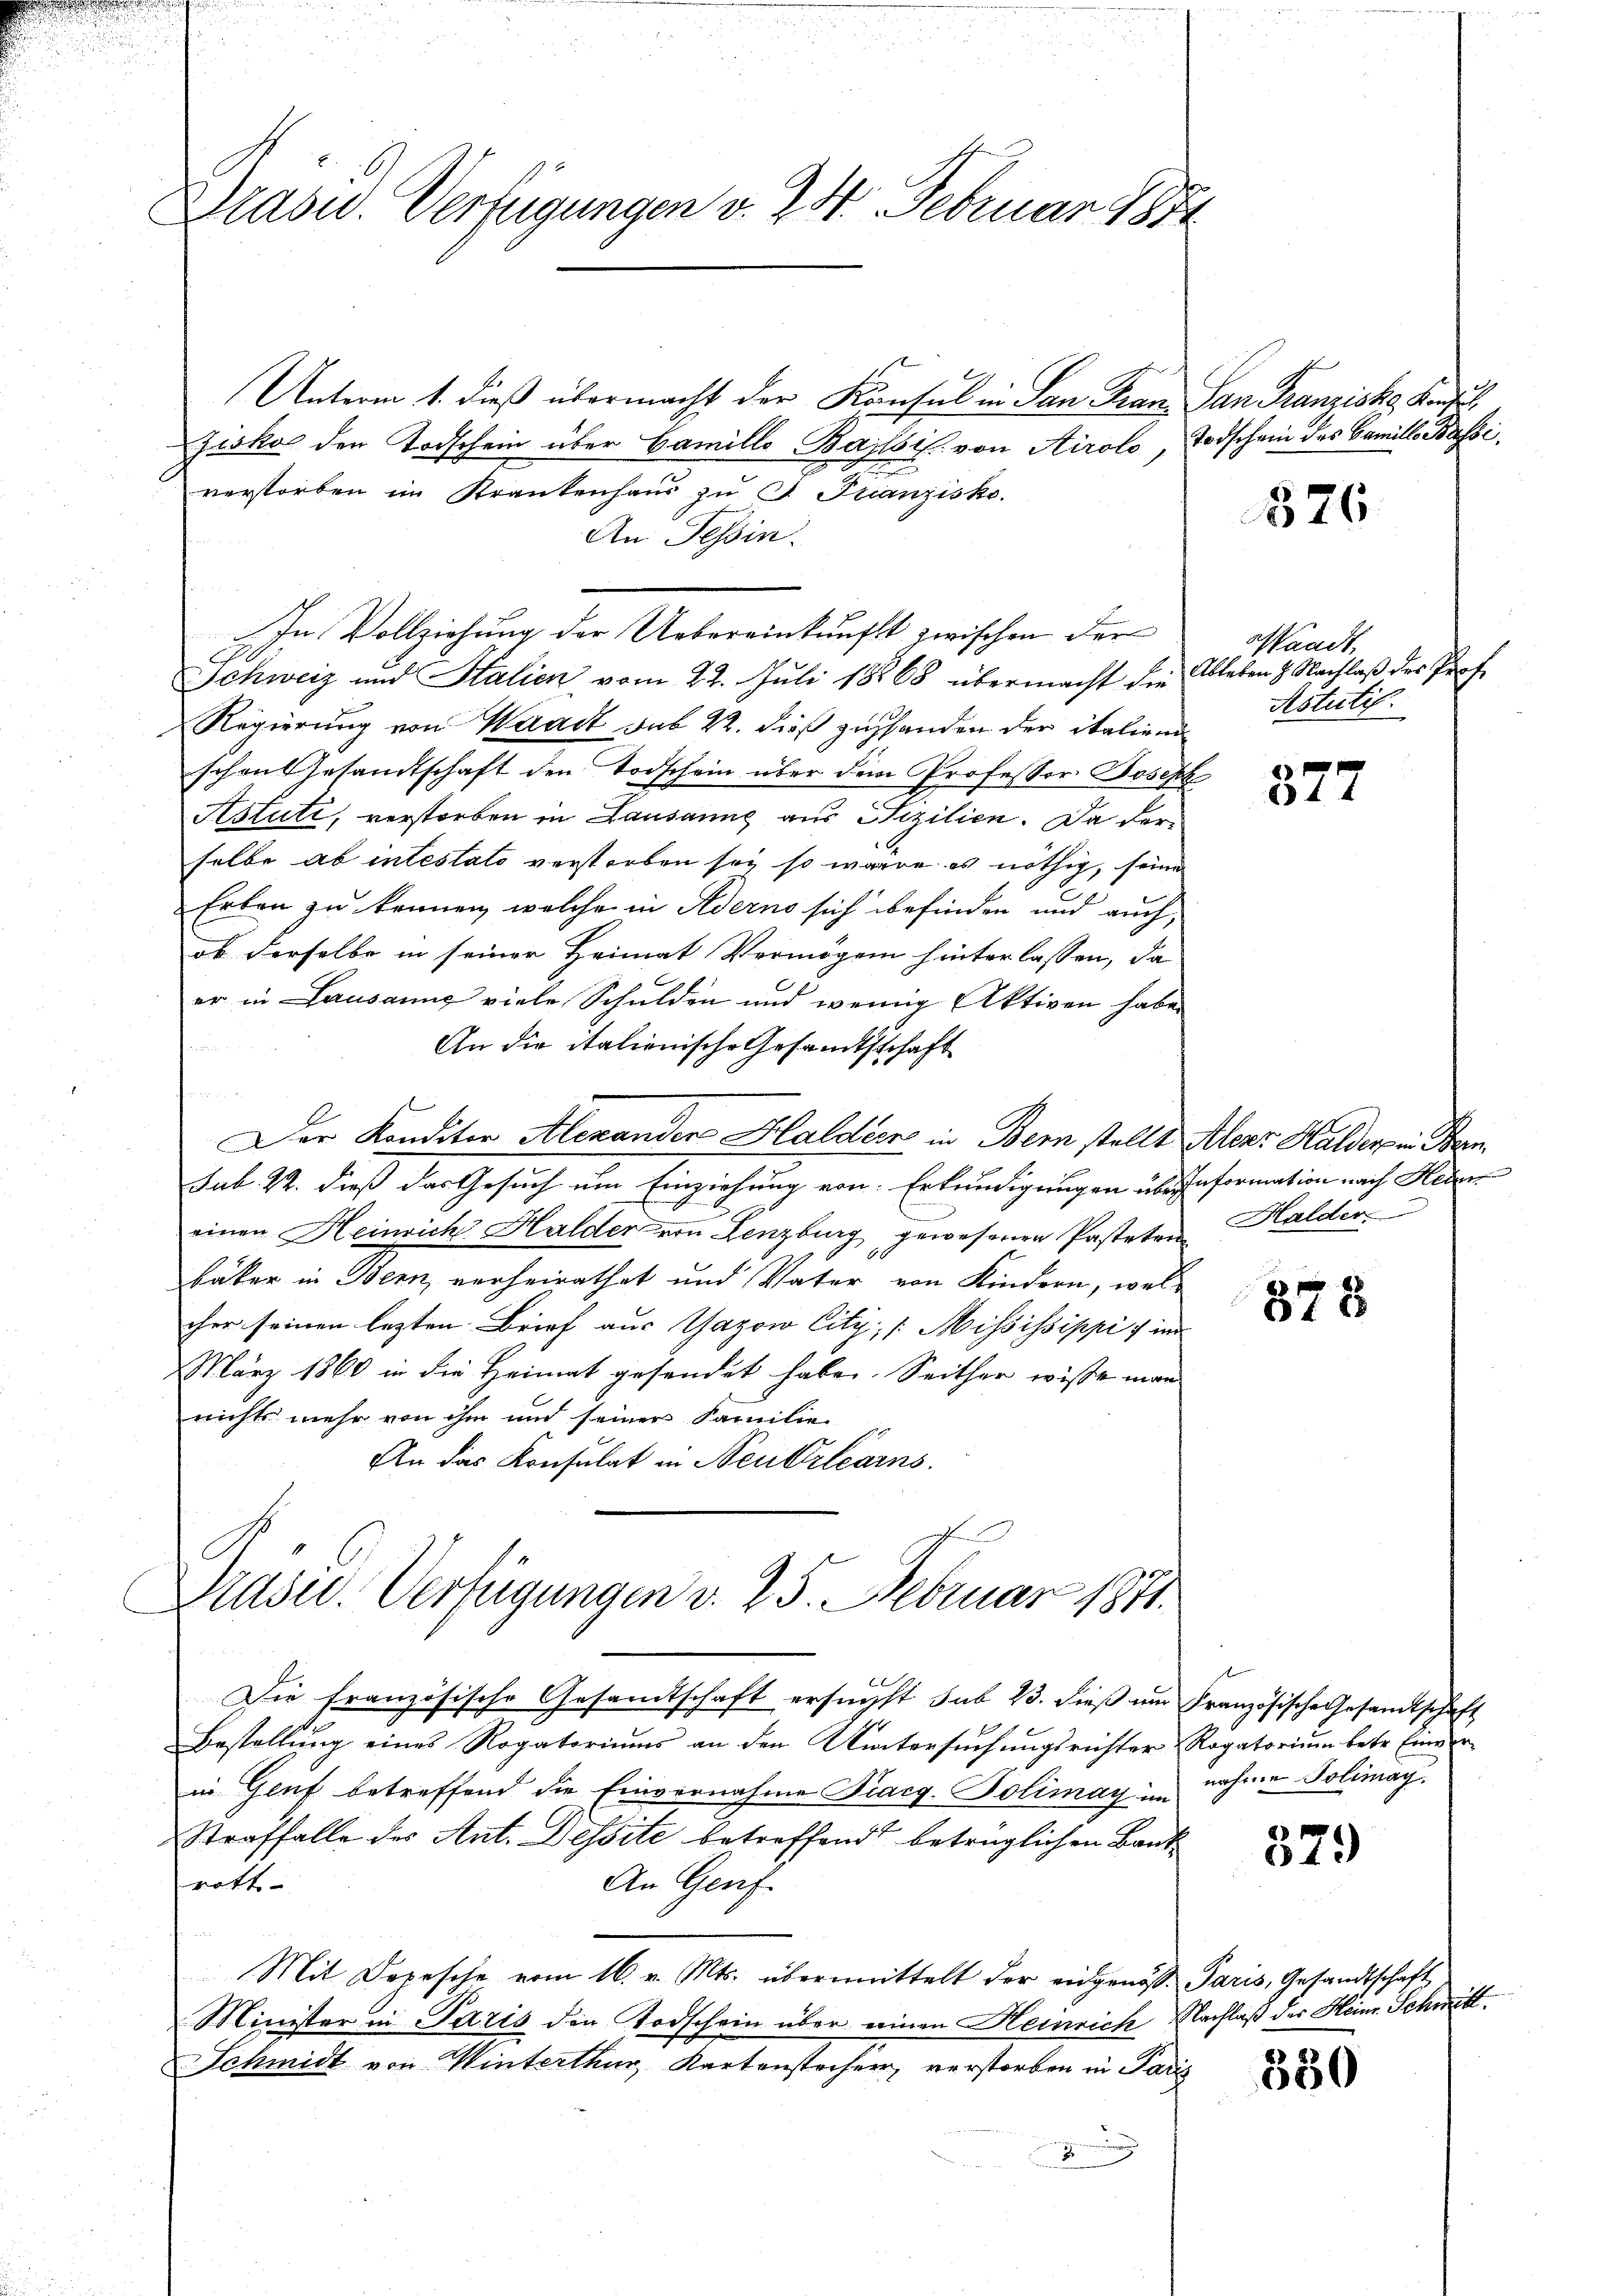
Präsid. Verfügungen v. 24. Februar 1882

Unterm 1. dieß übermacht der Konsul in San Frau San Franziska Konz
Zisko den Todschein über Camillo Bassif von Airolo, Todschein des Familles
verstorben im Krankenhaus zu G. Franzisko.
An Tessin.
In Vollziehung der Uebereinkunft zwischen der
Schweiz und Halien vom 22. Juli 18868 übermacht die Ableben 8. Nachlaβ des Prof.
Regierung von Waadt sub 22. dieß zuhanden der italiend
schon gesandtschaft den Todschein über dem Professor Joseph
Astuti, verstorben in Lausanne aus Sizilien. Da derselbe ab intestato verstorben sey, so wäre es nöthig, seine
Erben zu kennen, welche in Aderne sich befinden und auch,
ob derselbe in seiner Heimat Vermögen hinterlassen, da
er in Lausanne viele Schulden und wenig Aktiven haben
An die italienische Gesandtschaft
n

Der Konditor Alexanden Haldern in Bern stellt Alear Halden in Ben
Sub. 22. dieß das Gesuch um Einziehung von Erkundigungen überformation nach Heber
einen Heinrich Halder von Lenzburg gewesenen Pasteten Halder
bäker in Bern, verheirathet und Vater von Kindern, welcher seinen lezten Brief aus Gazow City, Mississippi u im
März 1860 in die Heimat gesendet habe. Seither wisse man
nichts mehr von ihm und seiner Familie
An das Konsulat in Neutrléarns

Präsid. Verfügungen d. 25. Februar 1871.

Die französische Gesandtschaft ersuchst sub 23. dieß um Französische Gesandtschaft
Bestellung eines Rogatoriums an den Wintersuchungsrichter & Rogatorium betr. Einverin Genf betreffend die Einvernahme Piacg. Polimay im nahme Solimag
Straffalle des Ant. Dessite betreffend betrüglichen Band
rott
An Gruf
Mit Depesche vom 16. v. Mts. übermittelt der eidgenöss. Paris, Gesandtschaft
Minister in Paris den Todschein über einen Heinrich Nachlaß des Heinr. Schn
Schmidt von Winterthur, Kartenstecher, verstorben in Paris

826

Waadt,
Astutif.

377

378

f

379

580